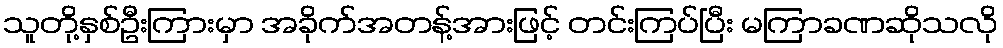
သူတို့နှစ်ဦးကြားမှာ အခိုက်အတန့်အားဖြင့် တင်းကြပ်ပြီး မကြာခဏဆိုသလို